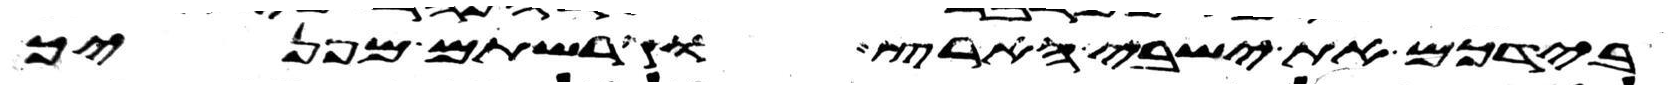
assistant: בידכם את ישבי הארץ וגרשתים מפניך